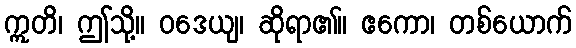
ဣတိ၊ ဤသို့။ ဝဒေယျ၊ ဆိုရာ၏။ ဧကော၊ တစ်ယောက်